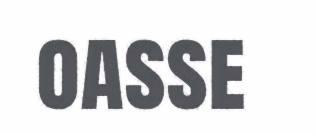
oasse